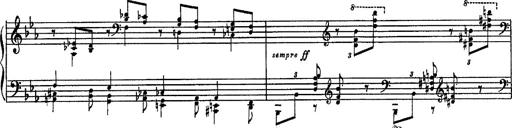
Title: Fantaisie sur des motifs favoris de l'opÃ©ra 'La sonnambula'
Composer: Franz Liszt